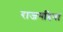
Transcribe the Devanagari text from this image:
राजगद्दियां